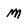
Character: m